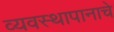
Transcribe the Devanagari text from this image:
व्यवस्थापानाचे